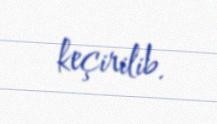
keçirilib.